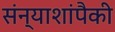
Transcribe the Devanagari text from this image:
संन्याशांपैकी